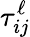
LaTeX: \tau_{ij}^{\ell}